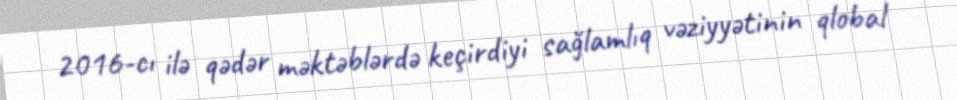
2016-cı ilə qədər məktəblərdə keçirdiyi sağlamlıq vəziyyətinin qlobal